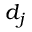
d _ { j }